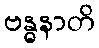
ဗန္ဓနာတိ